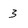
Character: 3